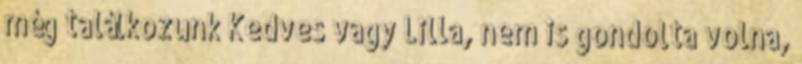
még találkozunk Kedves vagy Lilla, nem is gondolta volna,